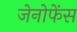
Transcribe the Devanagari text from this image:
जेनोफेंस